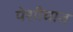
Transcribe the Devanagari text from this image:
पेशीघात